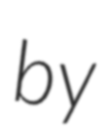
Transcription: by